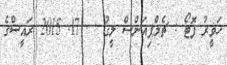
ހަވީރު ފޮޓޯ : ޗެމްޕިއަންސް ލީގު :  17